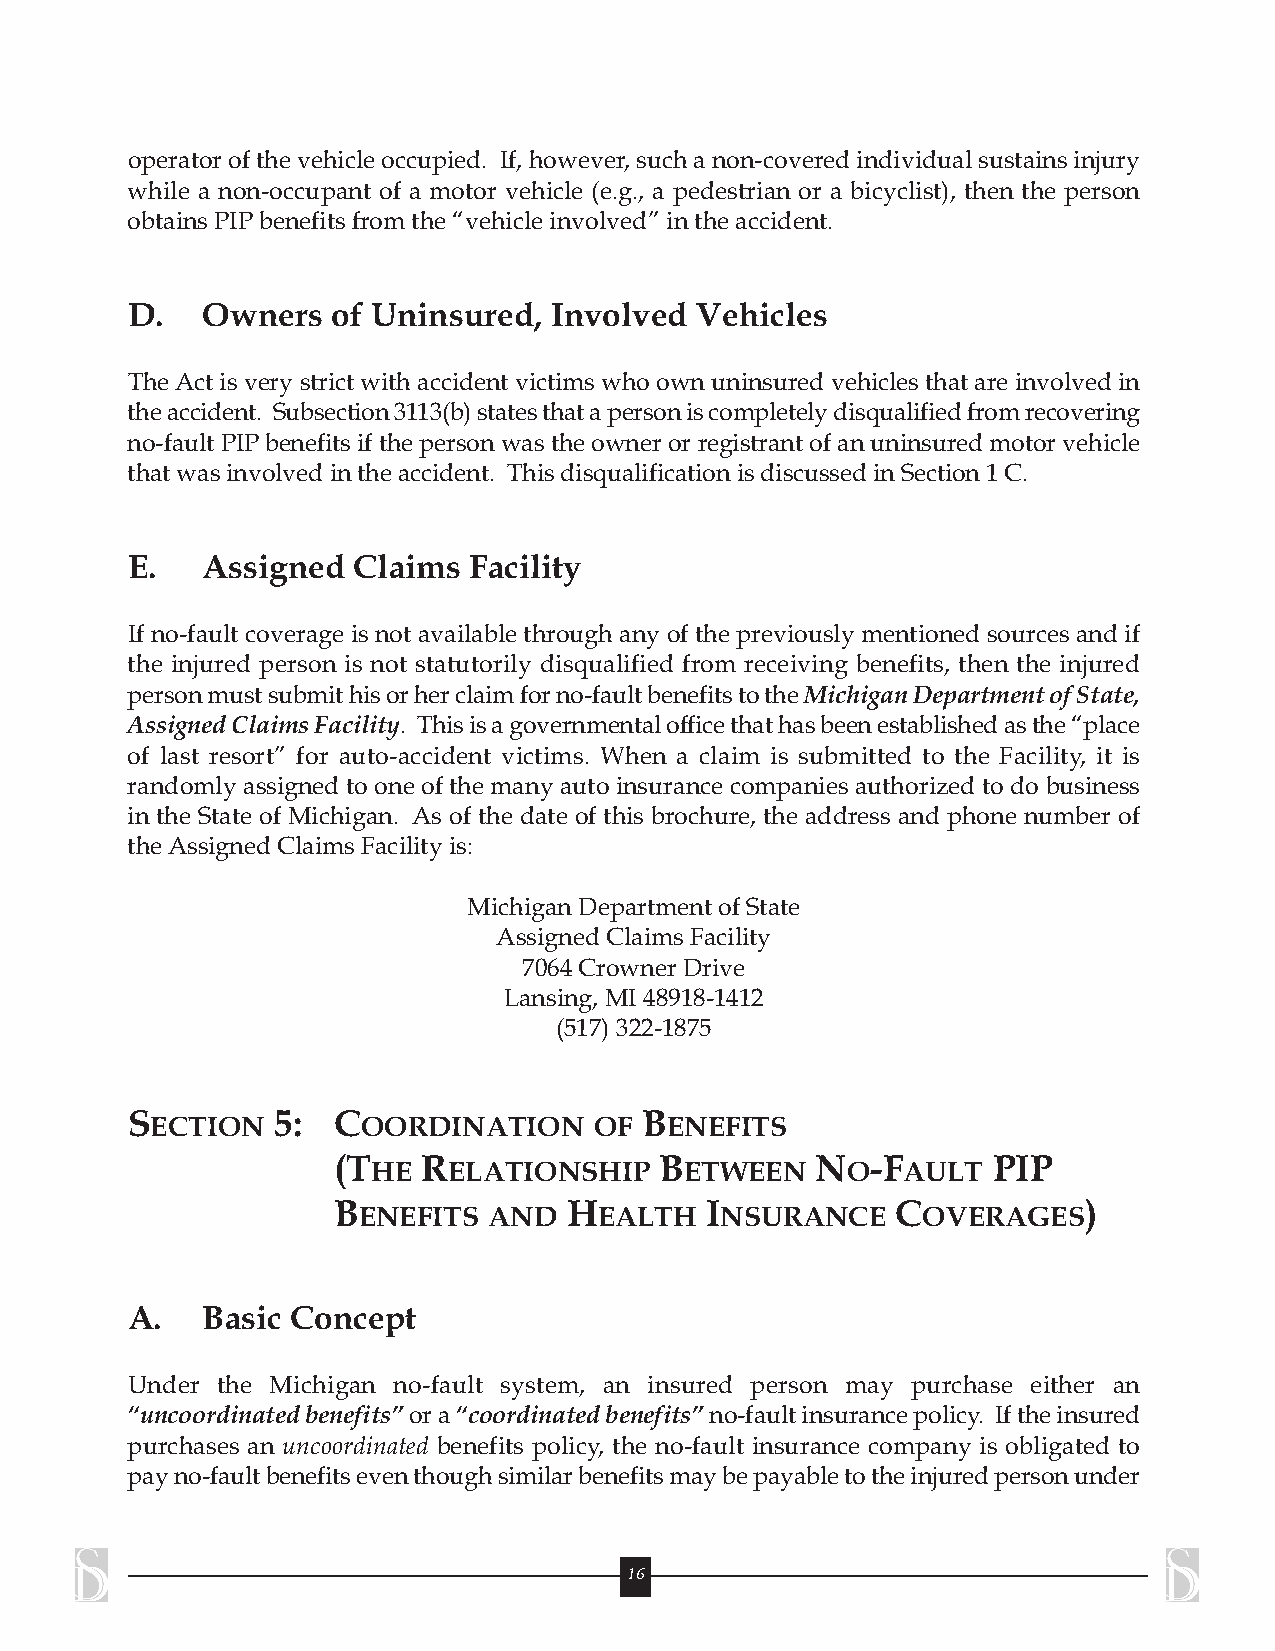
operatorofthevehicleoccupied. If,however,suchanon-coveredindividualsustainsinjury
 while a non-occupant of a motor vehicle (e.g., a pedestrian or a bicyclist), then the person
 obtainsPIPbenefitsfromthe “vehicle involved”in the accident.
 D.   Owners   of Uninsured, Involved  Vehicles
 TheAct is very strict with accident victims who own uninsured vehicles that are involved in
 theaccident. Subsection3113(b)statesthatapersoniscompletelydisqualifiedfromrecovering
 no-faultPIPbenefitsifthepersonwastheownerorregistrant ofanuninsuredmotorvehicle
 thatwasinvolvedintheaccident. ThisdisqualificationisdiscussedinSection1C.
 E.   Assigned  Claims  Facility
 If no-fault coverage is not available through any of the previously mentioned sources and if
 the injured person is not statutorily disqualified from receiving benefits, then the injured
 personmustsubmithisorherclaimforno-faultbenefitstotheMichiganDepartmentofState,
 AssignedClaimsFacility. Thisisagovernmentalofficethathasbeenestablishedasthe“place
 of last resort” for auto-accident victims. When a claim is submitted to the Facility, it is
 randomly assigned to one of the many auto insurance companies authorized to do business
 in the State of Michigan. As of the date of this brochure, the address and phone number of
 theAssignedClaimsFacility is:
 Michigan Department ofState
 AssignedClaimsFacility
 7064Crowner Drive
 Lansing, MI48918-1412
 (517) 322-1875
 SECTION   5:  COORDINATION     OF  BENEFITS
 (THE  RELATIONSHIP    BETWEEN   NO-FAULT    PIP
 BENEFITS  AND   HEALTH   INSURANCE   COVERAGES)
 A.   Basic Concept
 Under the Michigan no-fault system, an insured person may purchase either an
 “uncoordinatedbenefits”ora“coordinatedbenefits”no-faultinsurancepolicy. Iftheinsured
 purchases an uncoordinated benefits policy, the no-fault insurance company is obligated to
 payno-faultbenefitseventhoughsimilarbenefitsmaybepayabletotheinjuredpersonunder
 16